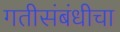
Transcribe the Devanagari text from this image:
गतीसंबंधीचा